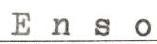
Enso